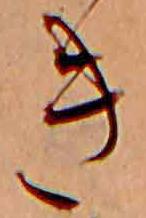
き